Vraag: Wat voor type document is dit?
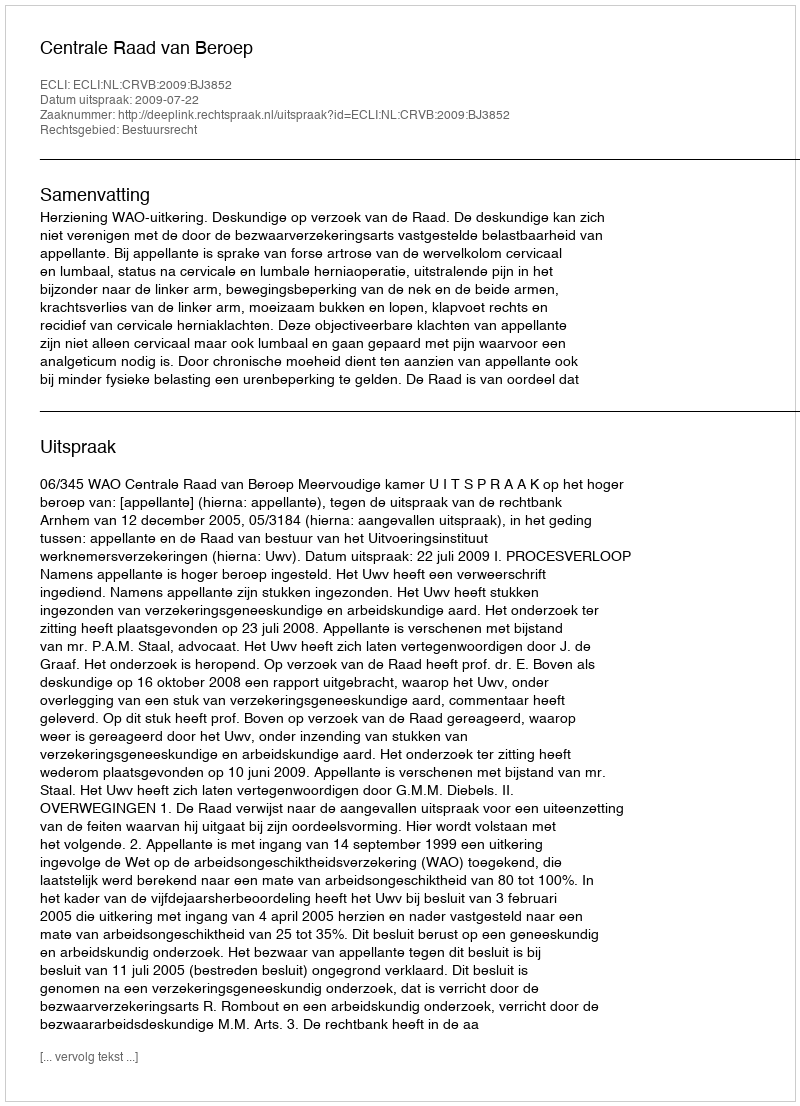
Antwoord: Uitspraak